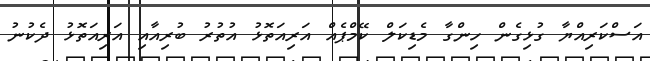
އަސްކަރިއްޔާ ގުޅިގެން ހިންގާ މެޑިކަލް ކޭމްޕެއް އަރިއަތޮޅު އުތުރު ބުރިއާއި އަރިއަތޮޅު ދެކުނު